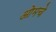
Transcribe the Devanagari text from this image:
ओमचे